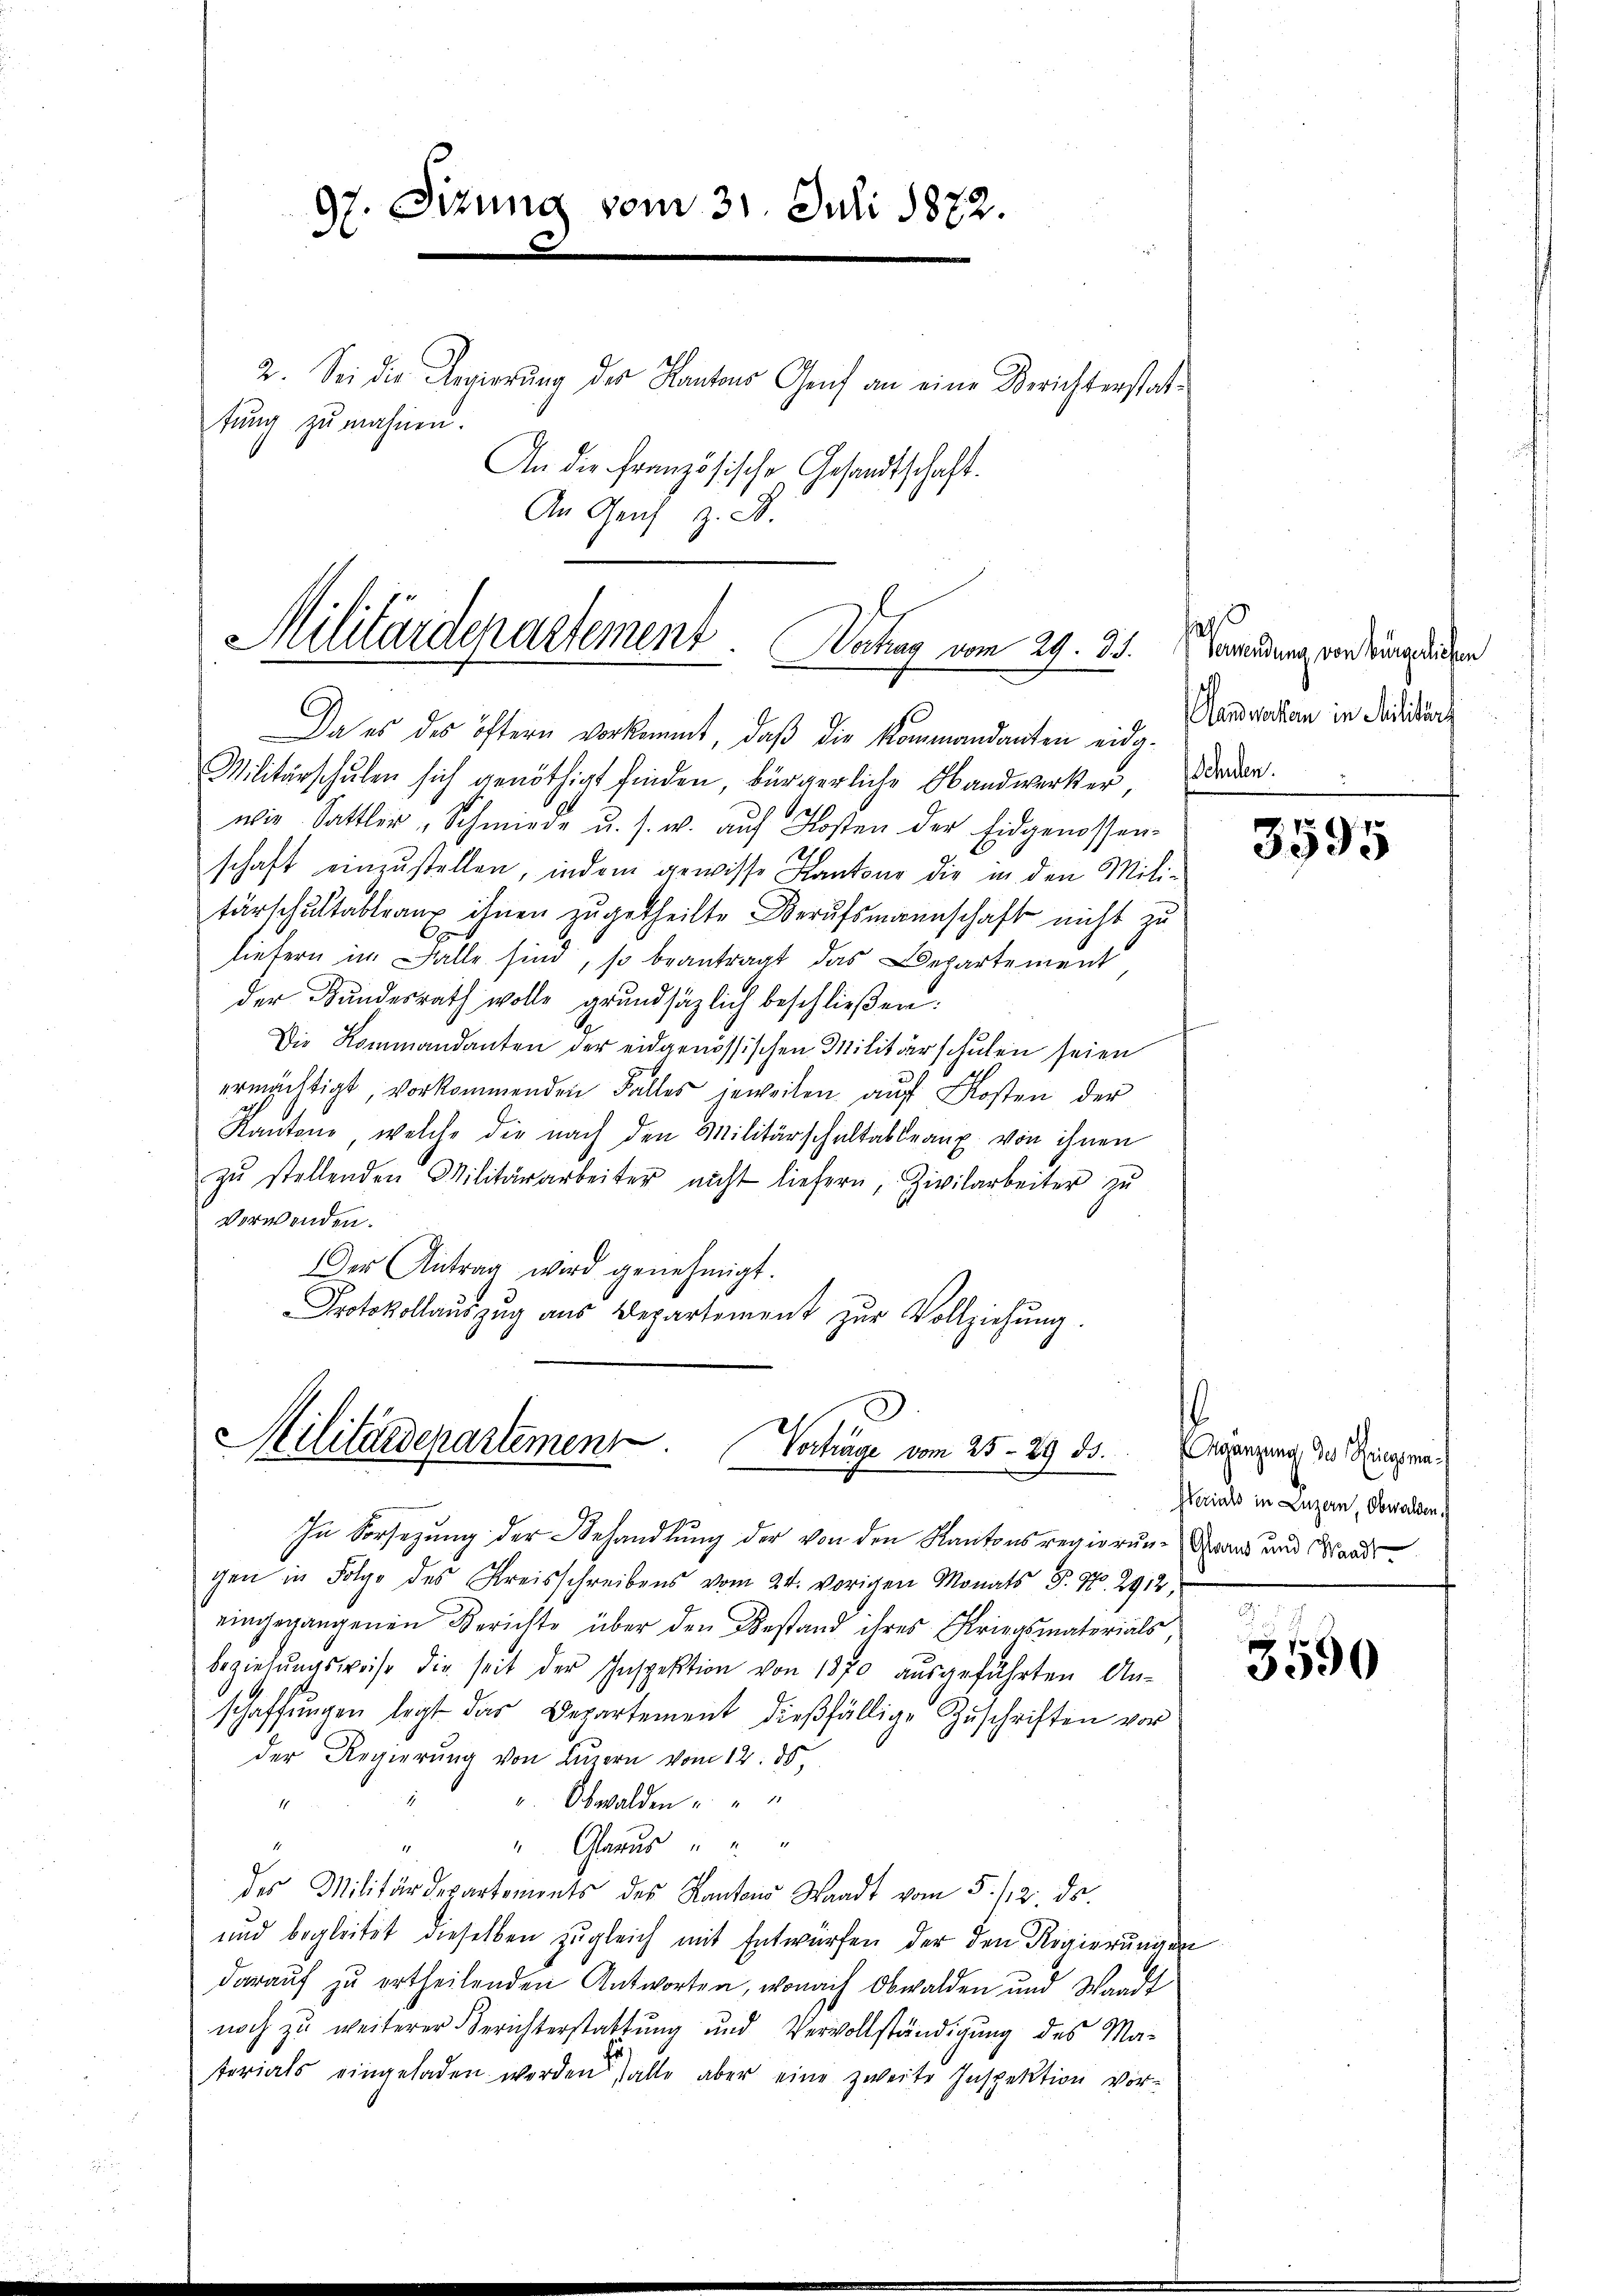
97. Sitzung vom 31. Juli 1872
e
2. Sei die Regierung der Kantons Genf an eine Berichterstattung zu mahnen.
An die französische Gesandtschaft.
An Genf z. B.

Militärdepartement
Wertrag vom 29. 35.
e

Da es des öftern vorkommt, daβ die Kommandanten eidg.
Militärschulen sich genöthigt finden, bürgerliche Handwerker,
wie Sattler "Schmiede u. s. w. aŭf Kosten der Eidgenossen-
schaft einzustellen, indem gewisse Kantone die in den Mili-
tärschultableaux ihnen zugetheilte Berufsmannschaft nicht zu
liefern im Falle sind, so beantragt das Departement
der Bundesrath wolle grundsätzlich beschließen.
Die Kommandanten der eidgenössischen Militärschulen seien
ermächtigt, vorkommenden Falles jeweilen aŭf Kosten der
Kantone, welche die nach den Militärschaltableaux von ihnen
zŭ stellenden Militärarbeiter nicht liefern, Zivilarbeiter zŭ
Verwenden.
Der Antrag wird genehmigt.
Protokollauszug aus Departement zur Vollziehung.

S
Militärdepartemen Vorträge vom 25. 29 ds.

In Vorsezung der Behandlung der von den Kantonsregierung Granz und Standsgen in Folge des Kreisschreibens vom 24. vorigen Monats P. No. 2912,
eingegangenen Berichte über den Bestand ihres Kriegsmaterials
beziehŭngsweise die seit der Inspektion von 1370 aŭsgeführten An-
schaffŭngen legt das Departement dießfällige Zuschriften vor
der Regierung von Leuern vom 12. ds.
v. Obwalden u.
" Glarus
des Militärdepartements des Kantons Waadt vom 5. 12. ds.
und begleitet dieselben zugleich mit Entwürfen der den Regierungen
darauf zu ertheilenden Antworten, wonach Obwalden und Waadt
noch zu weiterer Berichterstattung und Vervollständigung des Materials eingeladen werden alle aber eine zweite Inspektion vor-

Grandung von hingerlichen
Alandwerken in Militärt
ehnden.
—

3595

Ergänzung des Kriegsma¬
Serials in Luzern, Obwalden.

3590